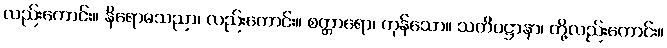
လည်းကောင်း။ နိရောဓသညာ၊ လည်းကောင်း။ စတ္တာရော၊ ကုန်သော။ သတိပဋ္ဌာနာ၊ တို့လည်းကောင်း။